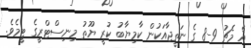
އެ މެޗު 9-8 ގެ ނަތީޖާއަކުން ކާމިޔާބު ކުރީ ޔޫތު މިނިސްޓްރީގެ ޓީމެވެ.